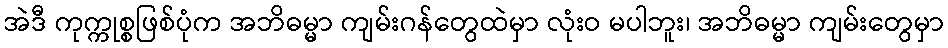
အဲဒီ ကုက္ကုစ္စဖြစ်ပုံက အဘိဓမ္မာ ကျမ်းဂန်တွေထဲမှာ လုံးဝ မပါဘူး၊ အဘိဓမ္မာ ကျမ်းတွေမှာ